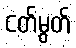
ငတ်မွတ်